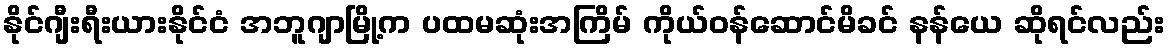
နိုင်ဂျီးရီးယားနိုင်ငံ အဘူဂျာမြို့က ပထမဆုံးအကြိမ် ကိုယ်ဝန်ဆောင်မိခင် နန်ယေ ဆိုရင်လည်း